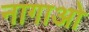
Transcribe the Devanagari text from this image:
नागाओ